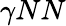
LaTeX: \gamma NN